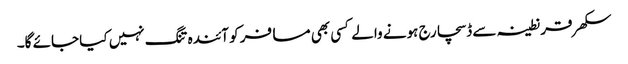
سکھر قرنطینہ سے ڈسچارج ہونے والے کسی بھی مسافر کو آئندہ تنگ نہیں کیا جائے گا۔